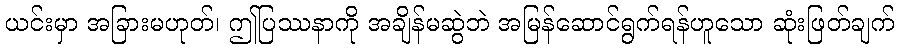
ယင်းမှာ အခြားမဟုတ်၊ ဤပြဿနာကို အချိန်မဆွဲဘဲ အမြန်ဆောင်ရွက်ရန်ဟူသော ဆုံးဖြတ်ချက်